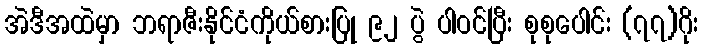
အဲဒီအထဲမှာ ဘရာဇီးနိုင်ငံကိုယ်စားပြု ၉၂ ပွဲ ပါဝင်ပြီး စုစုပေါင်း (၇၇)ဂိုး